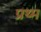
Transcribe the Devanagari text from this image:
प्रथ्म